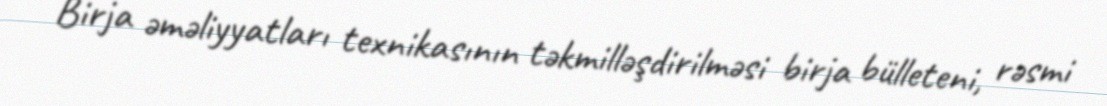
Birja əməliyyatları texnikasının təkmilləşdirilməsi birja bülleteni, rəsmi